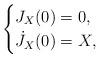
LaTeX: \begin{align*} \begin{cases} J_X(0)=0,\\ \dot{J}_X(0)=X,\end{cases} \end{align*}